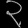
Digit: ၃